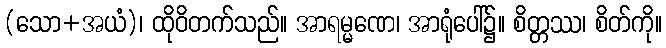
(သော+အယံ)၊ ထိုဝိတက်သည်။ အာရမ္မဏေ၊ အာရုံပေါ်၌။ စိတ္တဿ၊ စိတ်ကို။